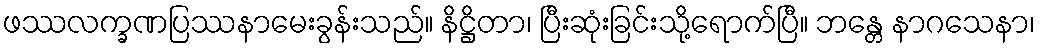
ဖဿလက္ခဏပြဿနာမေးခွန်းသည်။ နိဋ္ဌိတာ၊ ပြီးဆုံးခြင်းသို့ရောက်ပြီ။ ဘန္တေ နာဂသေနာ၊